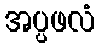
အပ္ပဖလံ